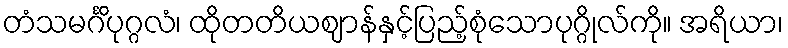
တံသမင်္ဂိပုဂ္ဂလံ၊ ထိုတတိယဈာန်နှင့်ပြည့်စုံသောပုဂ္ဂိုလ်ကို။ အရိယာ၊